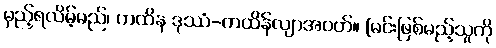
မှည့်ရလိမ့်မည်၊ ကထိန ဒုဿံ-ကထိန်လျာအဝတ်။ [မင်းဖြစ်မည့်သူကို